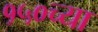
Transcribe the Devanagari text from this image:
१५०च्या